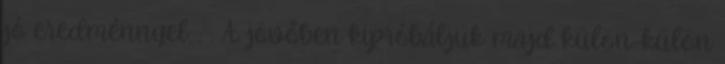
jó eredménnyel. : : A jövőben kipróbáljuk majd külön-külön